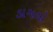
ડાગલો